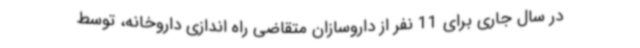
در سال جاری برای 11 نفر از داروسازان متقاضی راه اندازی داروخانه، توسط